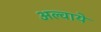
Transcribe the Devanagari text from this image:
अल्वाये